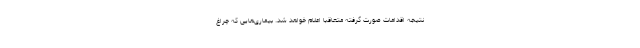
نتیجه اقدامات صورت گرفته متعاقباً اعلام خواهد شد. بیماری‌هایی که چراغ